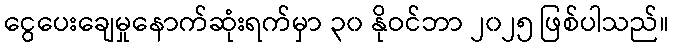
ငွေပေးချေမှုနောက်ဆုံးရက်မှာ ၃၀ နိုဝင်ဘာ ၂၀၂၅ ဖြစ်ပါသည်။